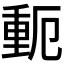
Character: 𬪾